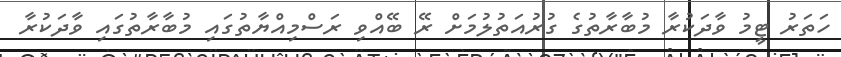
ހަތަރު ޓީމު ވާދަކުރާ މުބާރާތުގެ ގުރުއަތުލުމަށް ރޭ ބޭއްވި ރަސްމިއްޔާތުގައި މުބާރާތުގައި ވާދަކުރާ